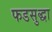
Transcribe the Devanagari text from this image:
फडसुद्धा